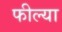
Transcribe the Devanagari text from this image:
फील्या